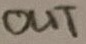
Text: OUT